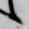
候